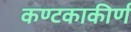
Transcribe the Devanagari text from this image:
कण्टकाकीर्ण